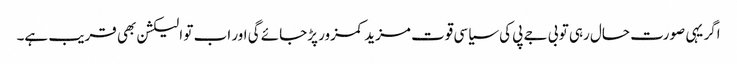
اگر یہی صورت حال رہی تو بی جے پی کی سیاسی قوت مزید کمزور پڑجائے گی اور اب تو الیکشن بھی قریب ہے۔